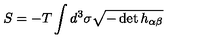
S = - T \int d ^ { 3 } \sigma \sqrt { - \det h _ { \alpha \beta } }